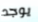
يوجد